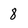
Character: 8